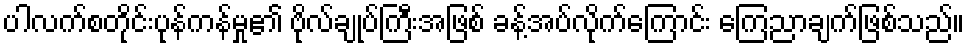
ပါလက်စတိုင်းပုန်ကန်မှု၏ ဗိုလ်ချုပ်ကြီးအဖြစ် ခန့်အပ်လိုက်ကြောင်း ကြေညာချက်ဖြစ်သည်။